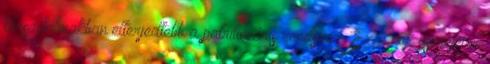
társadalmakban elterjedtebb a patrilineáris rendszer. Ez a nők cseréjével